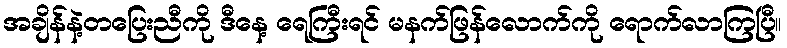
အချိန်နဲ့တပြေးညီကို ဒီနေ့ ရေကြီးရင် မနက်ဖြန်လောက်ကို ရောက်လာကြပြီ။